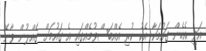
އަދި އެހެން ގައުމަކާ އެކު ކުރި އެއްބަސްވުމެއްގައި އެ ގައުމަށް ގެއްލުން ވާނޭ